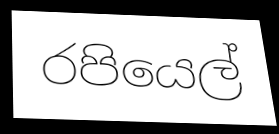
රපියෙල්